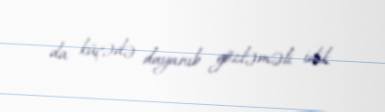
da küçədə dayanıb gözləməli idik.